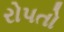
રોપતો